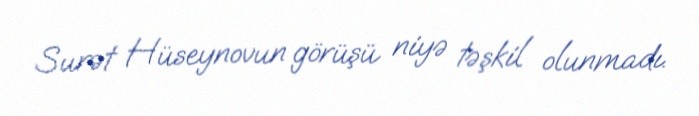
Surət Hüseynovun görüşü niyə təşkil olunmadı.